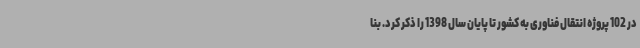
در 102 پروژه انتقال فناوری به کشور تا پایان سال 1398 را ذکر کرد. بنا